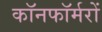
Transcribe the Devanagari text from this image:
कॉनफॉर्मरों